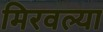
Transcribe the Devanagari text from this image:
मिरवल्या